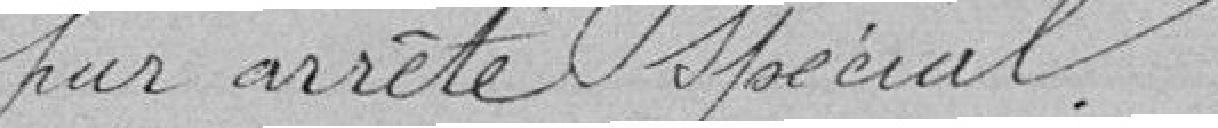
par arrêté spécial.